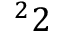
^ 2 2